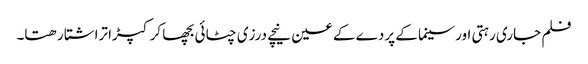
فلم جاری رہتی اور سینما کے پردے کے عین نیچے درزی چٹائی بچھا کر کپڑا تراشتا رھتا۔